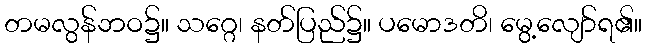
တမလွန်ဘဝ၌။ သဂ္ဂေ၊ နတ်ပြည်၌။ ပမောဒတိ၊ မွေ့လျော်ရ၏။